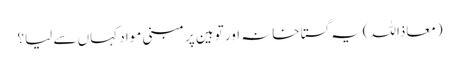
(معاذاللہ)یہ گستاخانہ اور توہین پر مبنی مواد کہاں سے لیا؟